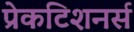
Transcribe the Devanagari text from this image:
प्रेकटिशनर्स